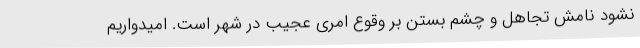
نشود نامش تجاهل و چشم بستن بر وقوع امری عجیب در شهر است. امیدواریم